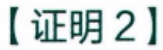
【证明 2】